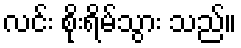
လင်း စိုးရိမ်သွား သည်။